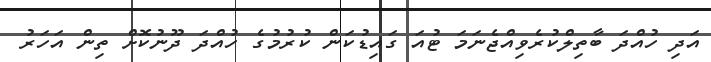
އަދި ހުއްދަ ބާތިލްކުރެވިއްޖެނަމަ ޓުއަ ގައިޑުކަން ކުރުމުގެ ހުއްދަ ދޫނުކޮށް ތިން އަހަރު